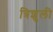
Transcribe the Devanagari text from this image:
त्रिशुली